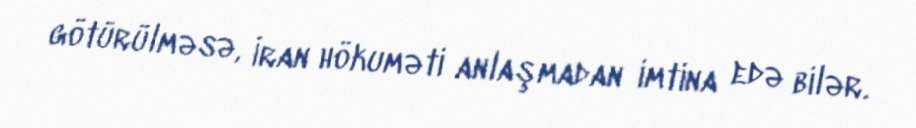
götürülməsə, İran hökuməti anlaşmadan imtina edə bilər.